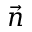
\vec { n }